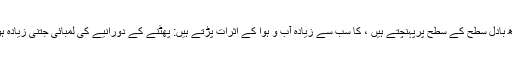
بڑے پیمانے پر آتش فشاں پھٹنا ، جن کی راھ بادل سطح کے سطح پرپہنچتے ہیں ، کا سب سے زیادہ آب و ہوا کے اثرات پڑتے ہیں: پھٹنے کے دورانیے کی لمبائی جتنی زیادہ ہوتی ہے اس کے اثرات بھی زیادہ ہوتے ہیں۔